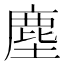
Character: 塵